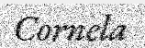
Cornela